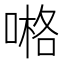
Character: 𠺝